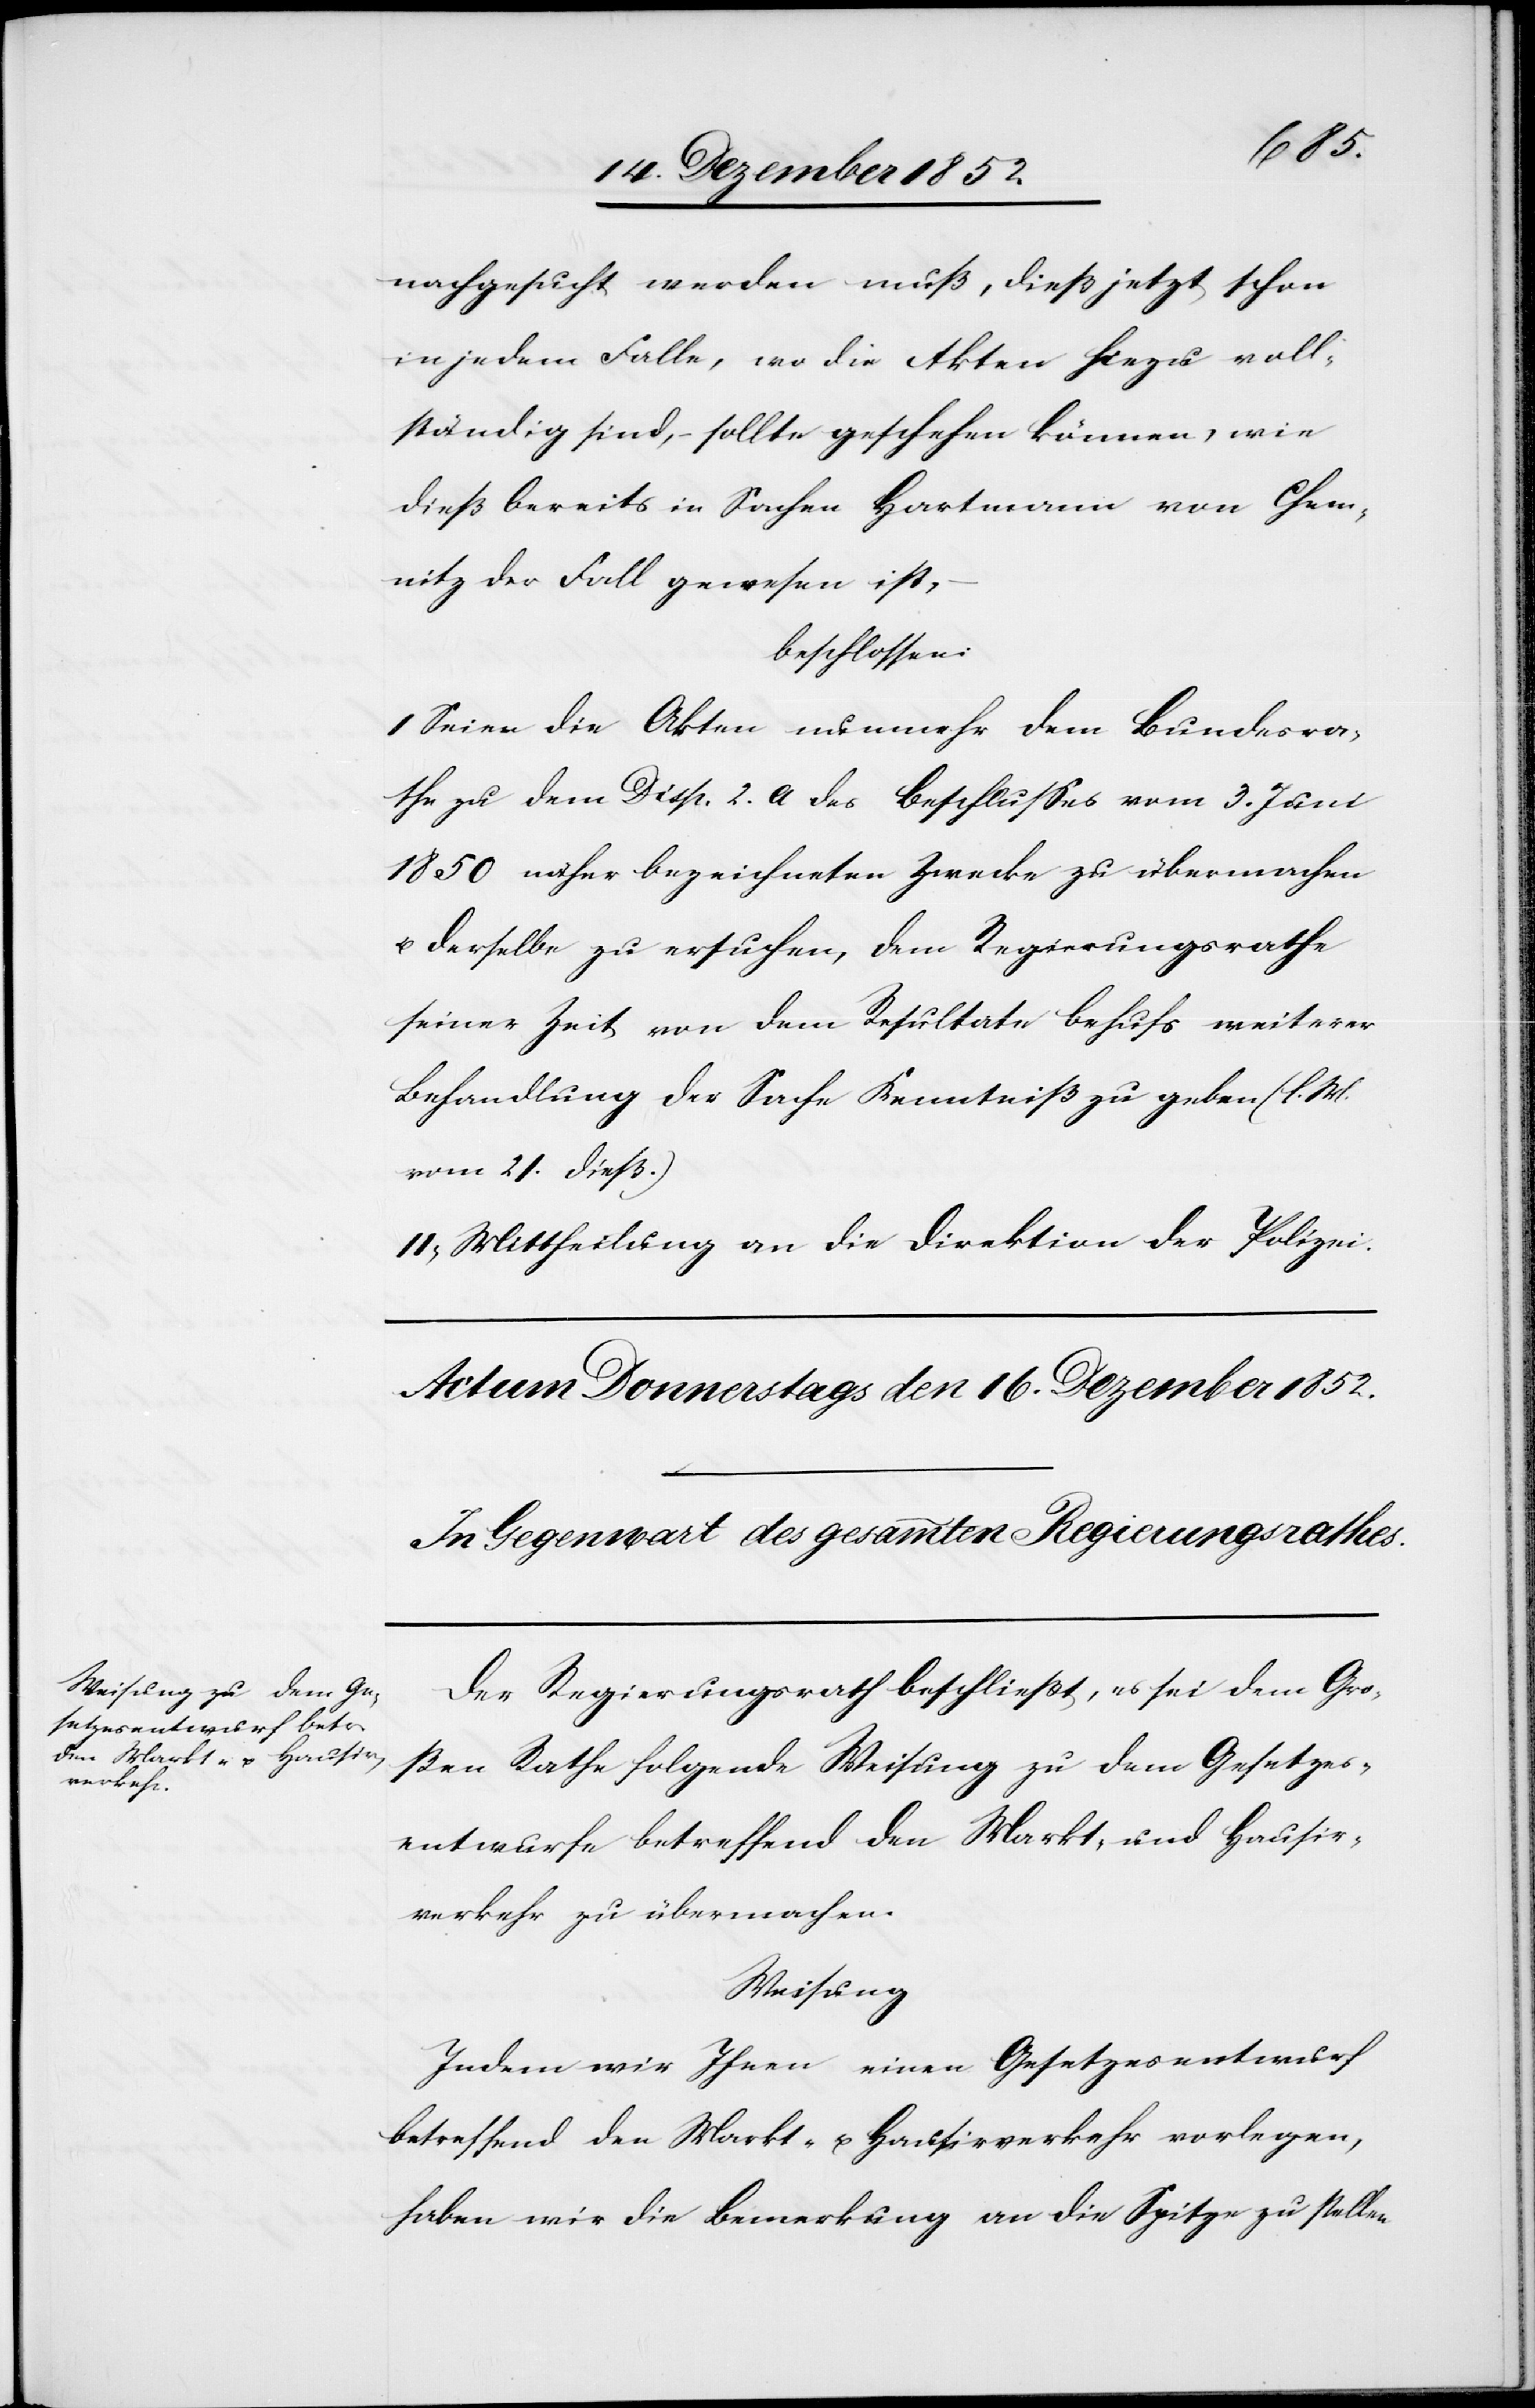
Der Regierungsrath beschließt, es sei dem Gro¬
ßen Rathe folgende Weisung zu dem Gesetzes¬
entwurfe betreffend den Markt- und Hausir¬
verkehr zu übermachen.
Weisung
Indem wir Ihnen einen Gesetzesentwurf
betreffend den Markt- u. Hausirverkehr vorlegen,
haben wir die Bemerkung an die Spitze zu stellen